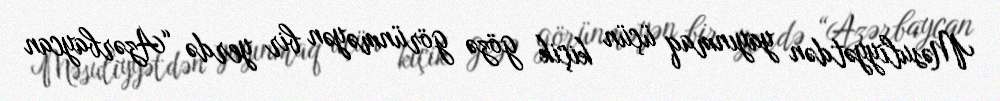
Məsuliyyətdən yayınmaq üçün kiçik gözə görünməyən bir yerdə “Azərbaycan